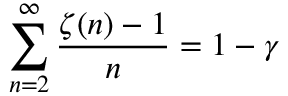
\sum _ { n = 2 } ^ { \infty } { \frac { \zeta ( n ) - 1 } { n } } = 1 - \gamma